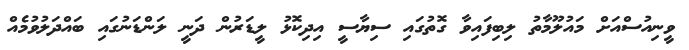
ވީނިއުސްއަށް މައުލޫމާތު ލިބިފައިވާ ގޮތުގައި ސިޔާސީ އިދިކޮޅު ލީޑަރުން ދަނީ ލަންޑަނުގައި ބައްދަލުވުމެއް